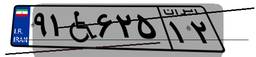
۹۱W۶۲۵۱۲